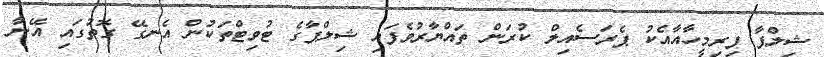
ޝިލްޕާ ފިރިމީހާއާއެކު ޕެރަސެއިލް ކުރަން ތައްޔާރުވެފައި ޝިލްޕާގެ ޓުވިޓްތަކުން އެނގޭ ގޮތުގައި އޭނާ